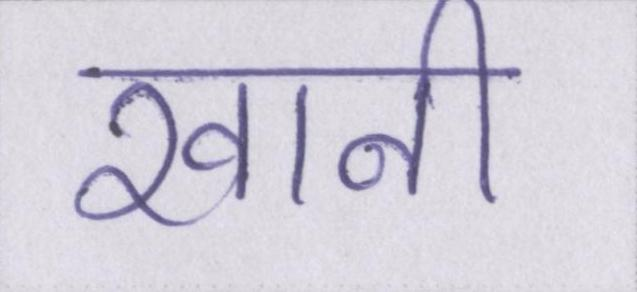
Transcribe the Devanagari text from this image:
खानी